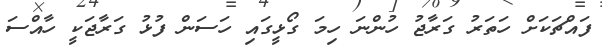
ފައްޗަކަށް ހަތަރު ގަރާޖު ހުންނަ ހިމަ ގޯޅީގައި ހަސަން ފުޅު ގަރާޖަކީ ހާއްސަ